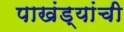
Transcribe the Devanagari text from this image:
पाखंड्यांची